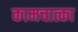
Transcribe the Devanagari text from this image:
कामचात्का